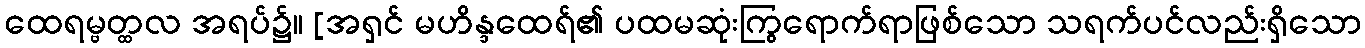
ထေရမ္ဗတ္ထလ အရပ်၌။ [အရှင် မဟိန္ဒထေရ်၏ ပထမဆုံးကြွရောက်ရာဖြစ်သော သရက်ပင်လည်းရှိသော